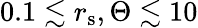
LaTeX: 0.1\lesssim{r}_{\mathrm{s}},\Theta\lesssim 10